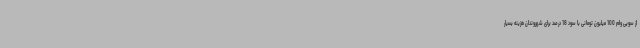
از سویی وام 100 میلیون تومانی با سود 18 درصد برای شهروندان هزینه بسیار